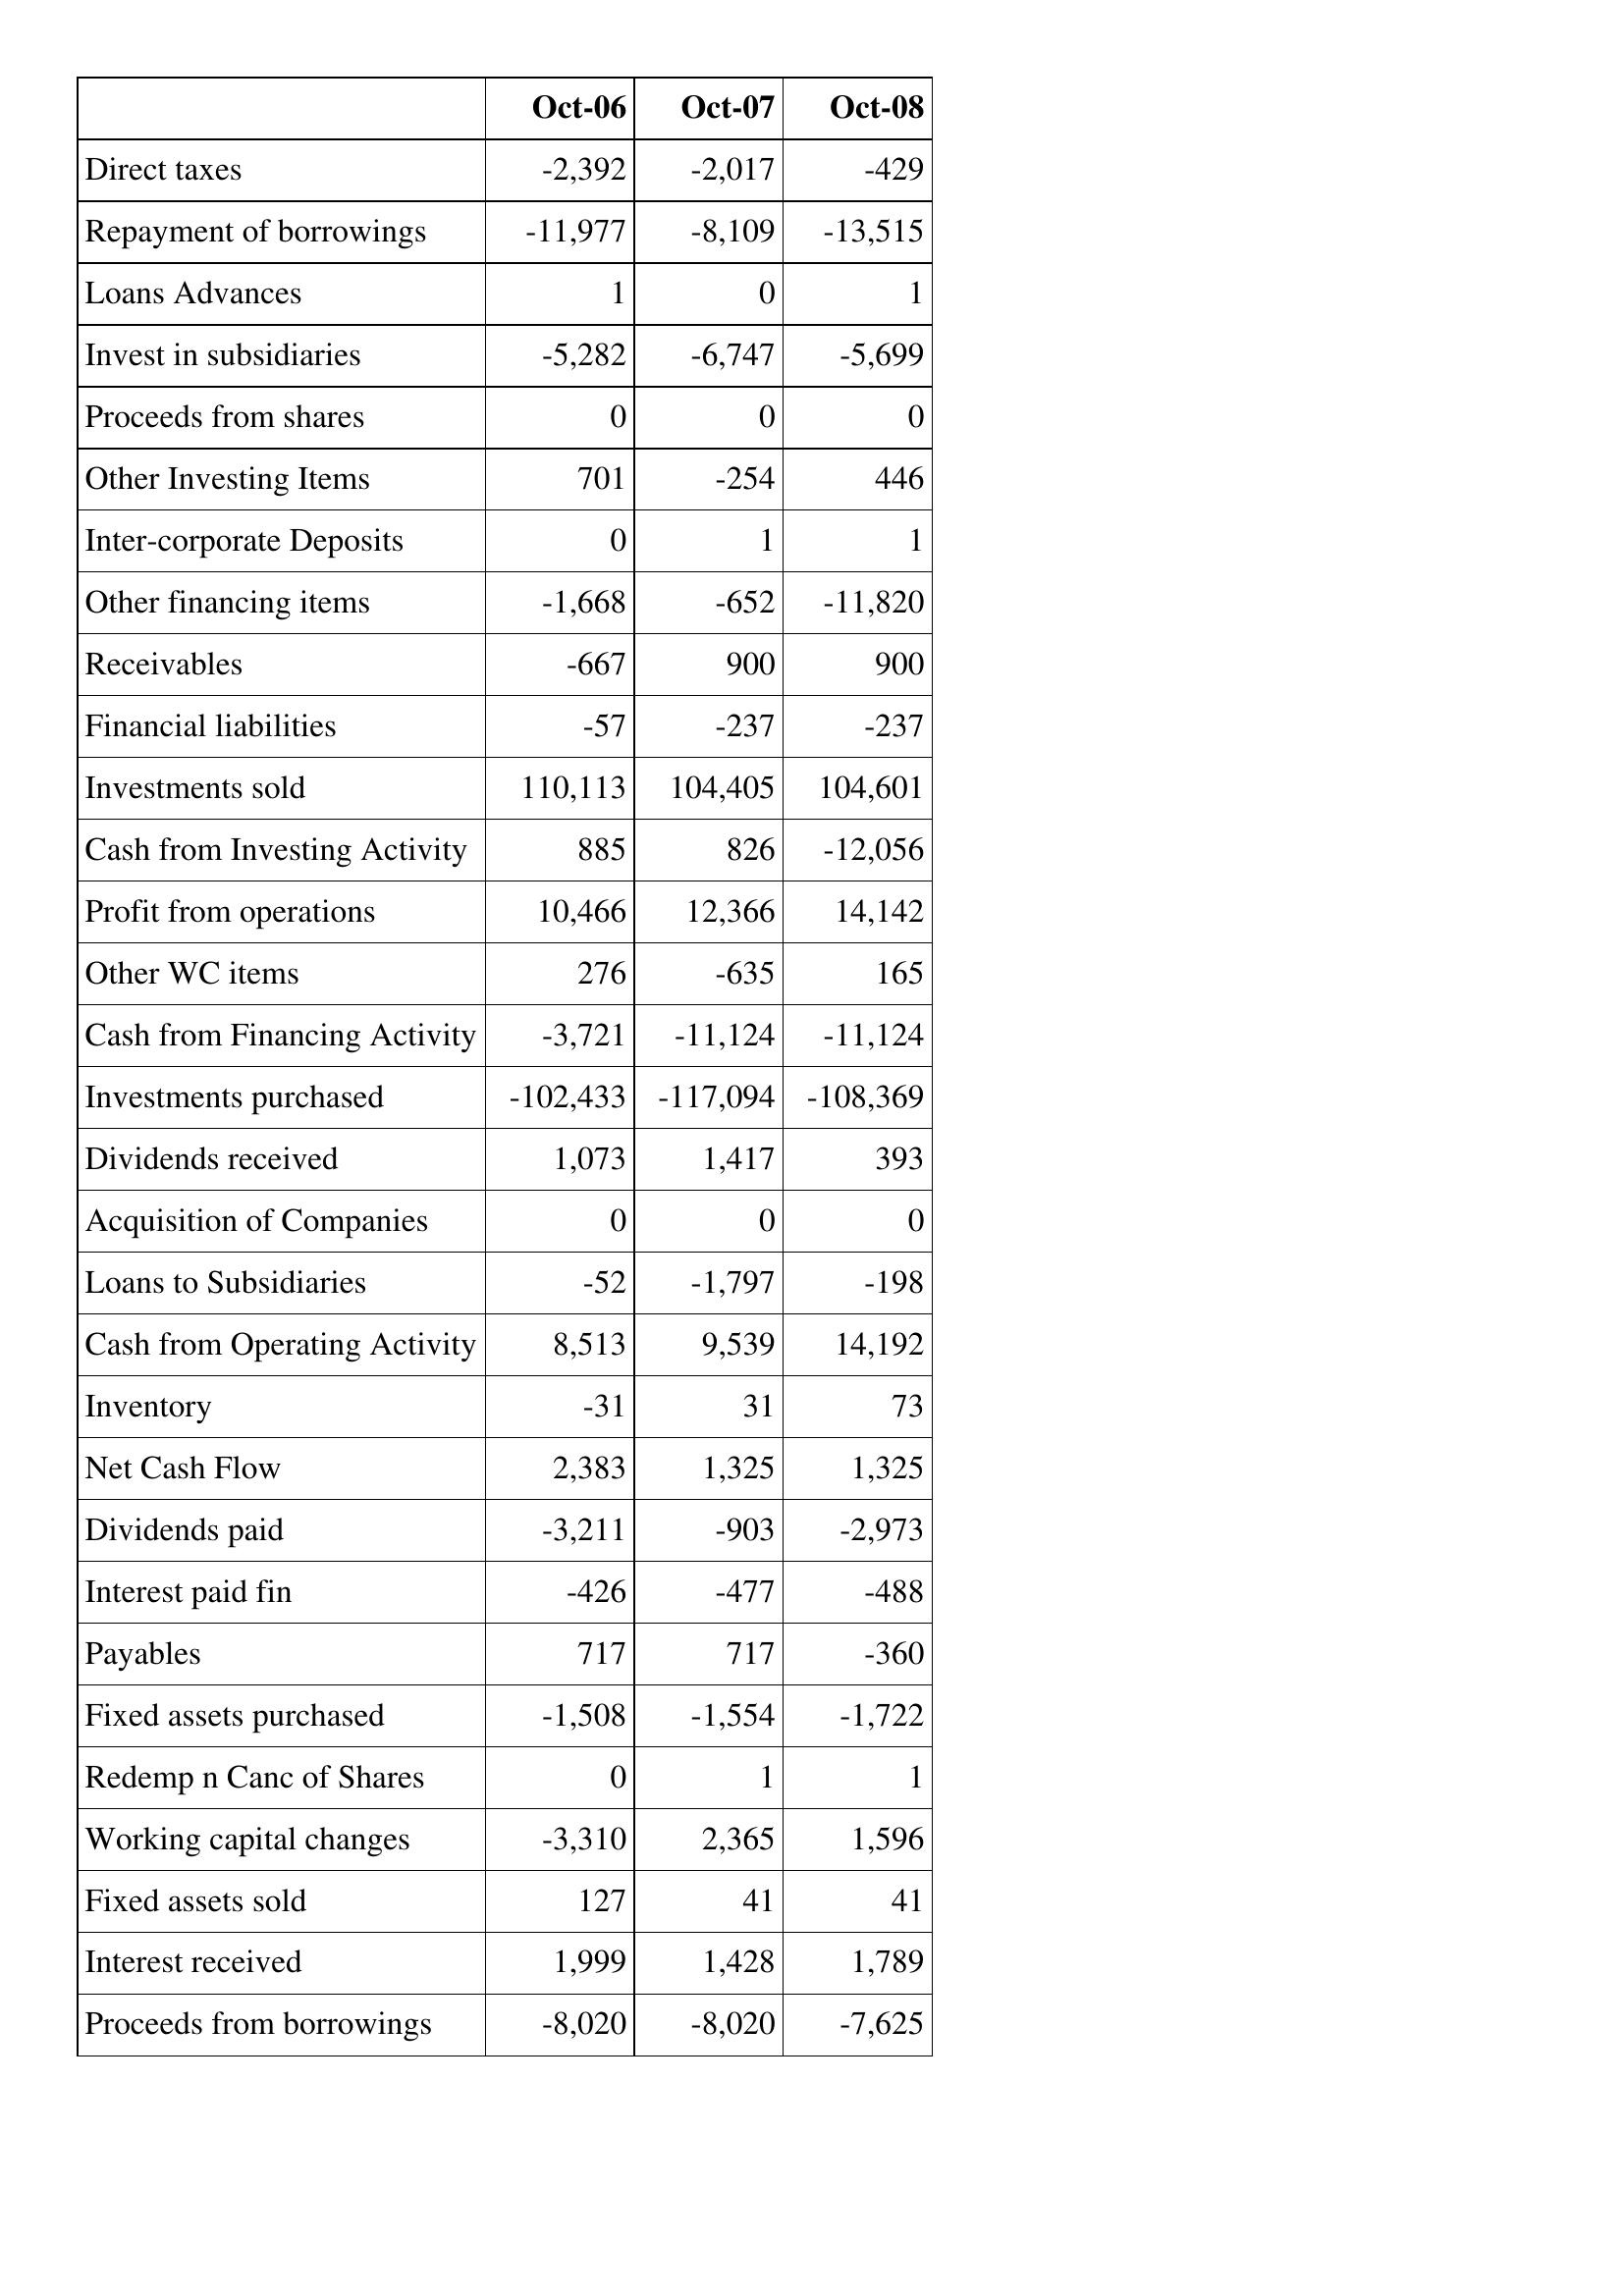
Oct-06: Cash Flows: Direct taxes: -2,392
Repayment of borrowings: -11,977
Loans Advances: 1
Invest in subsidiaries: -5,282
Proceeds from shares: 0
Other Investing Items: 701
Inter-corporate Deposits: 0
Other financing items: -1,668
Receivables: -667
Financial liabilities: -57
Investments sold: 110,113
Cash from Investing Activity: 885
Profit from operations: 10,466
Other WC items: 276
Cash from Financing Activity: -3,721
Investments purchased: -102,433
Dividends received: 1,073
Acquisition of Companies: 0
Loans to Subsidiaries: -52
Cash from Operating Activity: 8,513
Inventory: -31
Net Cash Flow: 2,383
Dividends paid: -3,211
Interest paid fin: -426
Payables: 717
Fixed assets purchased: -1,508
Redemp n Canc of Shares: 0
Working capital changes: -3,310
Fixed assets sold: 127
Interest received: 1,999
Proceeds from borrowings: -8,020
Oct-07: Cash Flows: Direct taxes: -2,017
Repayment of borrowings: -8,109
Loans Advances: 0
Invest in subsidiaries: -6,747
Proceeds from shares: 0
Other Investing Items: -254
Inter-corporate Deposits: 1
Other financing items: -652
Receivables: 900
Financial liabilities: -237
Investments sold: 104,405
Cash from Investing Activity: 826
Profit from operations: 12,366
Other WC items: -635
Cash from Financing Activity: -11,124
Investments purchased: -117,094
Dividends received: 1,417
Acquisition of Companies: 0
Loans to Subsidiaries: -1,797
Cash from Operating Activity: 9,539
Inventory: 31
Net Cash Flow: 1,325
Dividends paid: -903
Interest paid fin: -477
Payables: 717
Fixed assets purchased: -1,554
Redemp n Canc of Shares: 1
Working capital changes: 2,365
Fixed assets sold: 41
Interest received: 1,428
Proceeds from borrowings: -8,020
Oct-08: Cash Flows: Direct taxes: -429
Repayment of borrowings: -13,515
Loans Advances: 1
Invest in subsidiaries: -5,699
Proceeds from shares: 0
Other Investing Items: 446
Inter-corporate Deposits: 1
Other financing items: -11,820
Receivables: 900
Financial liabilities: -237
Investments sold: 104,601
Cash from Investing Activity: -12,056
Profit from operations: 14,142
Other WC items: 165
Cash from Financing Activity: -11,124
Investments purchased: -108,369
Dividends received: 393
Acquisition of Companies: 0
Loans to Subsidiaries: -198
Cash from Operating Activity: 14,192
Inventory: 73
Net Cash Flow: 1,325
Dividends paid: -2,973
Interest paid fin: -488
Payables: -360
Fixed assets purchased: -1,722
Redemp n Canc of Shares: 1
Working capital changes: 1,596
Fixed assets sold: 41
Interest received: 1,789
Proceeds from borrowings: -7,625